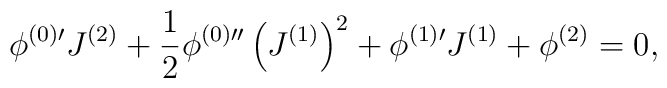
\phi^{(0)\prime}J^{(2)}+\frac{1}{2}\phi^{(0)\prime\prime}\left(J^{(1)}\right)^{2}+\phi^{(1)\prime}J^{(1)}+\phi^{(2)}=0,\\